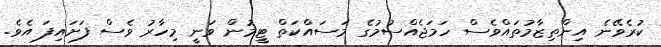
ކުރެވޭނެ އިންތިޒާމުތައްވެސް ހަމަޖެއްސުމުގެ މަސައްކަތް ޓީމުން ވަނީ މިހާރު ވެސް ފަށައިފަ އެވެ.